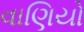
વાણિયો